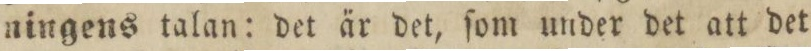
ningens talan: det är det, ſom under det att det